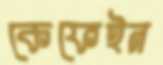
কেফেইন